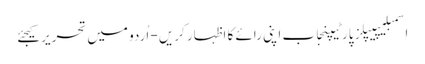
اسمبلیپیپلز پارٹیپنجاب اپنی رائے کا اظہار کریں - اُردو میں تحریر کیجئے